Leaving Certificate Examination, 1905
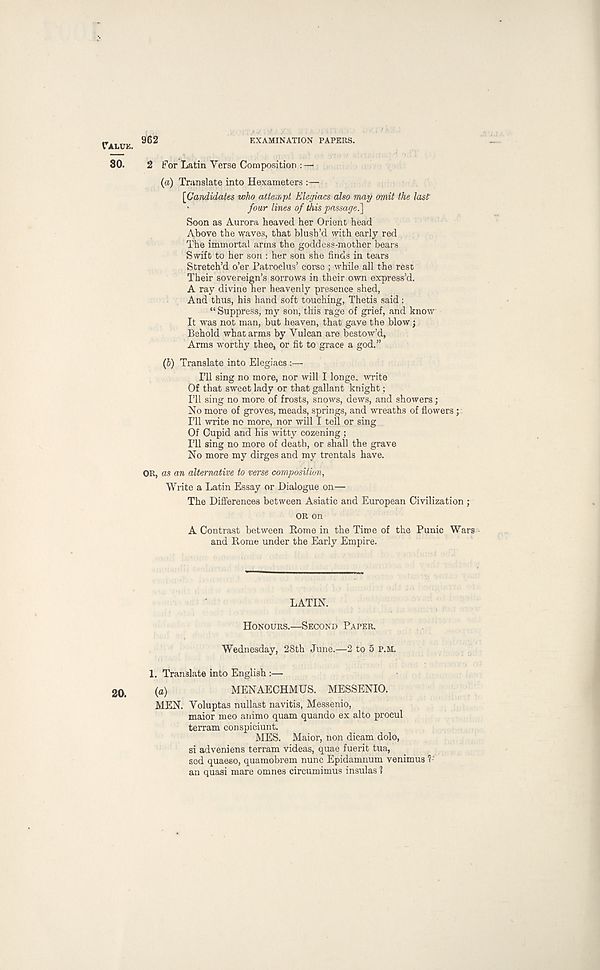
TALUK.
962
EXAMINATION PAPERS.
80.
2 For Latin Verse Composition : —
(a) Translate into Hexameters :—
[Candidates who attempt Elegiacs also may omit the last'
•
four lines of this passage.~\
Soon as Aurora heaved her Orient head
Above the waves, that blush’d with early red
The immortal arms the goddess-mother bears
Swift to her son : her son she finds in tears
Stretch’d o’er Patroclus’ corse ; while all the rest
Their sovereign’s sorrows in their own express’d.
A ray divine her heavenly presence shed,
And thus, his hand soft touching, Thetis said :
“ Suppress, my son, this rage of grief, and know
It was not man, but heaven, that gave the blow;
Behold what arms by Vulcan are bestow’d,
Arms worthy thee, or fit to grace a god.”
(b) Translate into Elegiacs
I’ll sing no more, nor will I longe. write
Of that sweet lady or that gallant knight;
I’ll sing no more of frosts, snows, dews, and showers;
No more of groves, meads, springs, and wreaths of flowers; .
I’ll write no more, nor will I tell or sing
Of Cupid and his witty cozening ;
I’ll sing no more of death, or shall the grave
No more my dirges and my trentals have.
OR, as an alternative to verse composition,
Write a Latin Essay or Dialogue on—
The Differences between Asiatic and European Civilization ;
OR on
A Contrast between Rome in the Time of the Punic Wars
and Rome under the Early Empire.
LATIN.
HONOURS.—SECOND PAPER.
Wednesday, 28th June.—2 to 5 P.M.
1. Translate into English :—
(a)
MENAECHMUS. MESSENIO.
MEN. Voluptas nullast navitis, Messenio,
maior meo animo quam quando ex alto procul
terram conspiciunt.
MES. Maior, non dicam dolo,
si adveniens terram videas, quae fuerit tua,
sod quaeso, quamobrem nunc Epidamnum venimus V
an quasi mare omnes circumimus insulas ?